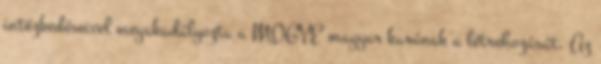
intézkedéseivel megakadályozta a MOGYE magyar karának a létrehozását. Az